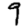
Digit: 9